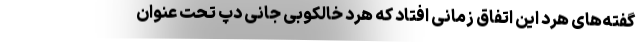
گفته‌های هرد این اتفاق زمانی افتاد که هرد خالکوبی جانی دپ تحت عنوان